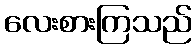
လေးစားကြသည်